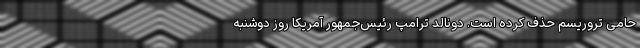
حامی تروریسم حذف کرده است. دونالد ترامپ رئیس‌جمهور آمریکا روز دوشنبه